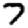
Digit: 7